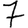
Digit: 7